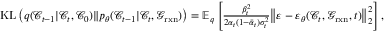
\begin{array} { r } { \mathrm { K L } \left( q ( \mathcal { C } _ { t - 1 } \vert \mathcal { C } _ { t } , \mathcal { C } _ { 0 } ) \Vert p _ { \theta } ( \mathcal { C } _ { t - 1 } \vert \mathcal { C } _ { t } , \mathcal { G } _ { \mathrm { r x n } } ) \right) = \mathbb { E } _ { q } \left[ \frac { \beta _ { t } ^ { 2 } } { 2 \alpha _ { t } ( 1 - \bar { \alpha } _ { t } ) \sigma _ { t } ^ { 2 } } \big \Vert \varepsilon - \varepsilon _ { \theta } ( \mathcal { C } _ { t } , \mathcal { G } _ { \mathrm { r x n } } , t ) \big \Vert _ { 2 } ^ { 2 } \right] , } \end{array}